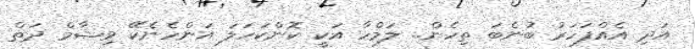
އަދި އެއްފަހަރު ބުނެބަ ތިހެން.. ލަމްހާ އަކީ ކޮންކަހަލަ އަންހެނެކޭ ވިޝާމް ދަތް